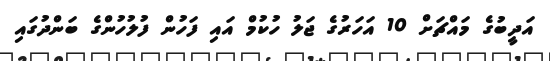
އަދީބުގެ މައްޗަށް 10 އަހަރުގެ ޖަލު ހުކުމް އައި ފަހުން ފުލުހުންގެ ބަންދުގައި